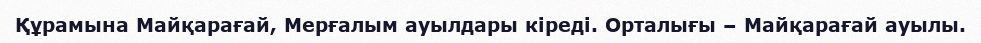
Құрамына Майқарағай, Мерғалым ауылдары кіреді. Орталығы – Майқарағай ауылы.